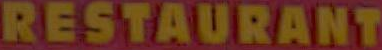
RESTAURANT